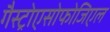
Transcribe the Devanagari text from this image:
गैस्ट्रोएसोफोजिएल